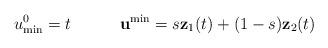
LaTeX: \begin{align*}u^0_{\rm min}=t \quad \quad \quad{\bf u}^{\min} = s {\bf z}_1(t) + (1-s) {\bf z}_2(t)\end{align*}